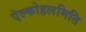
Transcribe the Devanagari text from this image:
ऐल्कोहलमिति